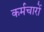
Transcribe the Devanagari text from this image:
कर्मचारों